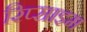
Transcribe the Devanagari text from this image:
रिप्साइम